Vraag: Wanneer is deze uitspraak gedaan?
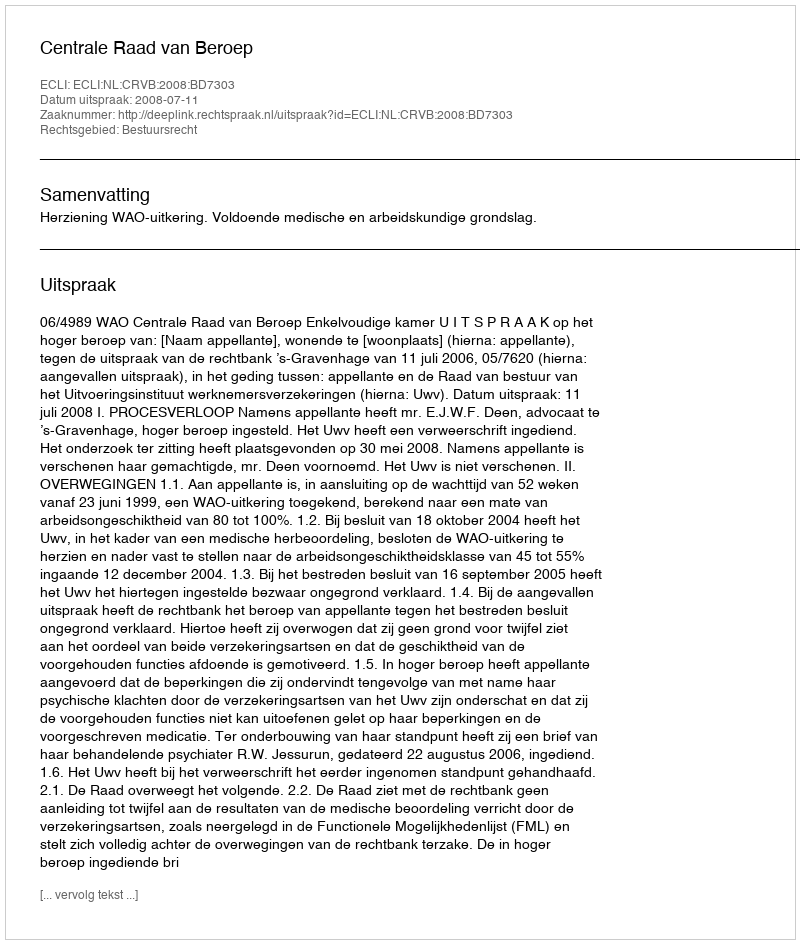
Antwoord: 2008-07-11